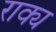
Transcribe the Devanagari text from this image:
राक्य